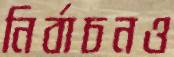
নির্বাচনও